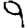
Digit: 9